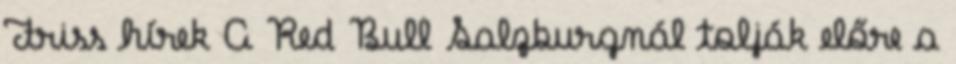
Friss hírek A Red Bull Salzburgnál tolják előre a